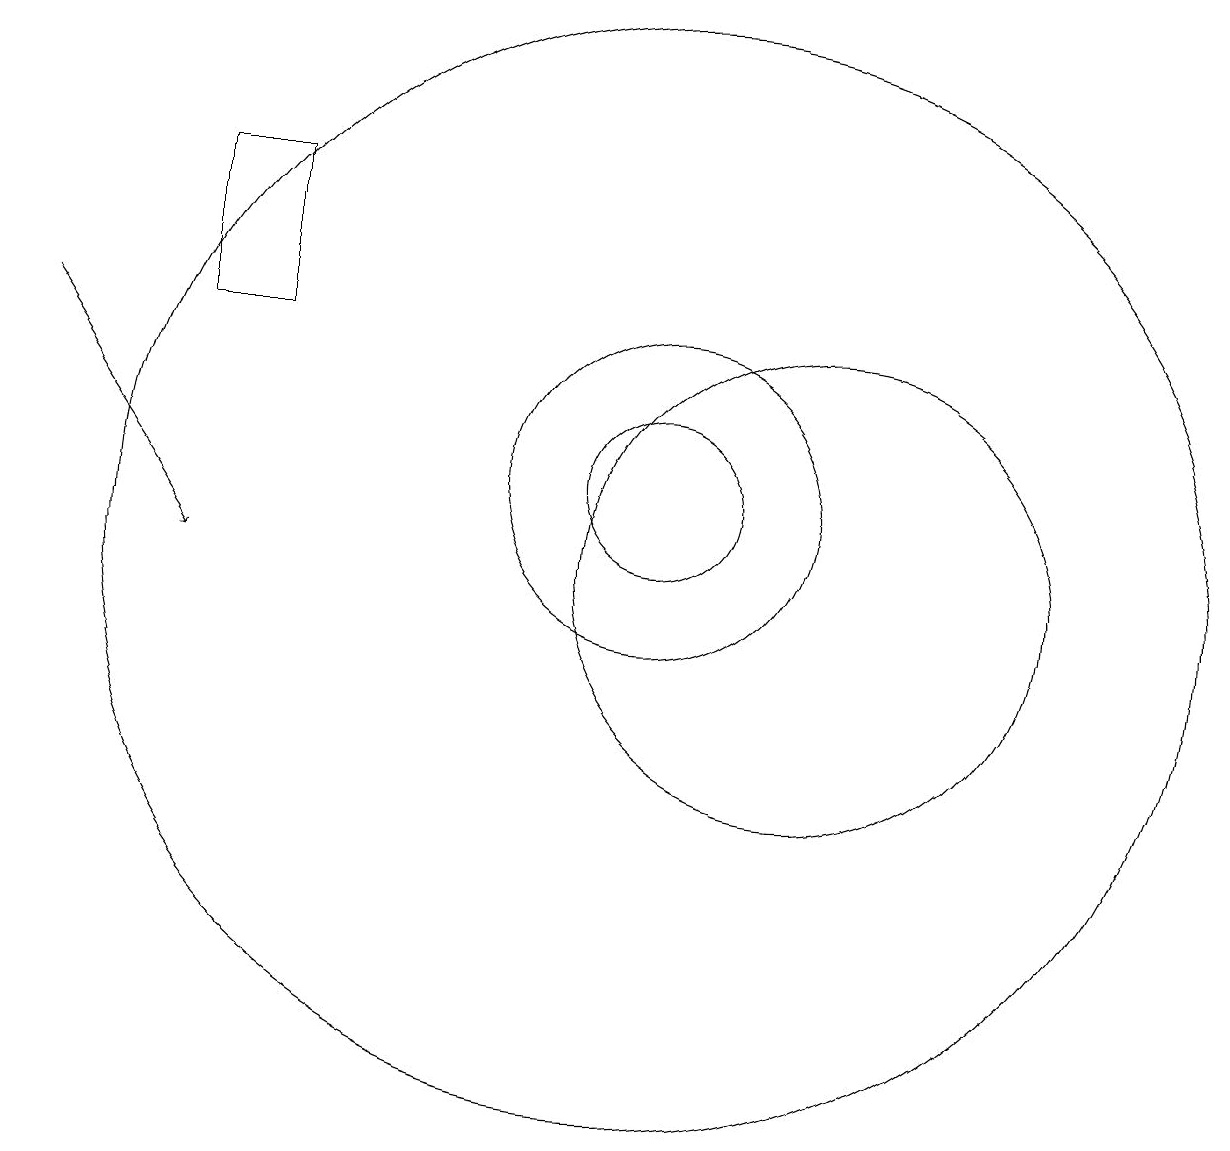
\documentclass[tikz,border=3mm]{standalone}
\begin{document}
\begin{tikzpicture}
\draw (10,11) circle (2);
\draw (12,10) circle (3);
\draw (10,11) circle (1);
\draw[->] (2,13) -- (4,10);
\draw (10,10) circle (7);
\draw (5,13) rectangle (4,15);
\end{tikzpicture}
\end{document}